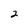
Character: 2